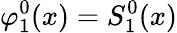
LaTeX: \varphi_{1}^{0}(x)=S_{1}^{0}(x)